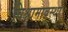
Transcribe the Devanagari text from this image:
विश्रामावस्था